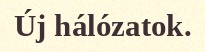
Új hálózatok.